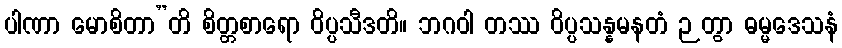
ပါဏာ မောစိတာ”တိ စိတ္တစာရော ဝိပ္ပသီဒတိ။ ဘဂဝါ တဿ ဝိပ္ပသန္နမနတံ ဉတွာ ဓမ္မဒေသနံ